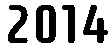
2014